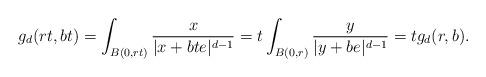
LaTeX: \begin{align*}g_d(rt,bt)=\int_{B(0,rt)} \frac{x}{|x+bte|^{d-1}}=t \int_{B(0,r)} \frac{y}{|y+be|^{d-1}}=tg_d(r,b). \end{align*}